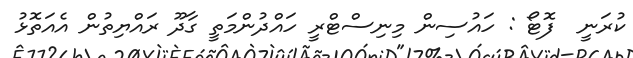
ކުރަނީ  ފޮޓޯ : ހައުސިން މިނިސްޓްރީ ހައްދުންމަތީ ގާދޫ ރައްޔިތުން އެއަތޮޅު